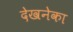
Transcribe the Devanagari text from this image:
देखनेका